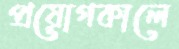
প্রয়োগকালে